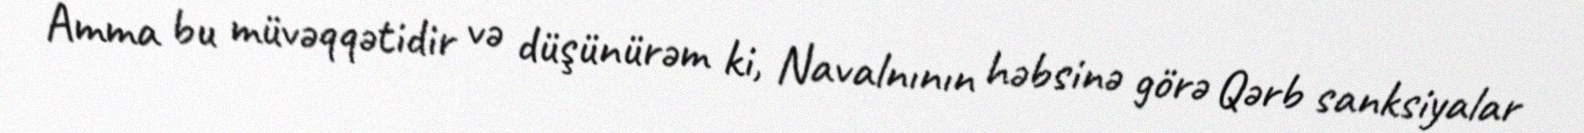
Amma bu müvəqqətidir və düşünürəm ki, Navalnının həbsinə görə Qərb sanksiyalar